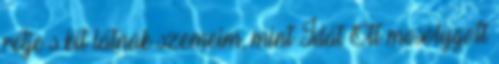
rétje s kit látnak szemeim, mint Idát Ott mosolygott